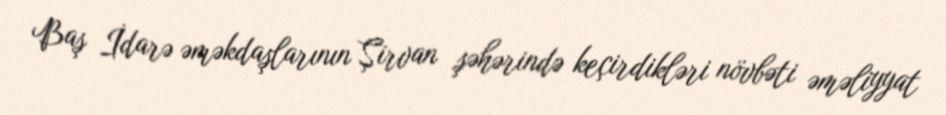
Baş İdarə əməkdaşlarının Şirvan şəhərində keçirdikləri növbəti əməliyyat